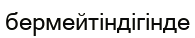
бермейтіндігінде